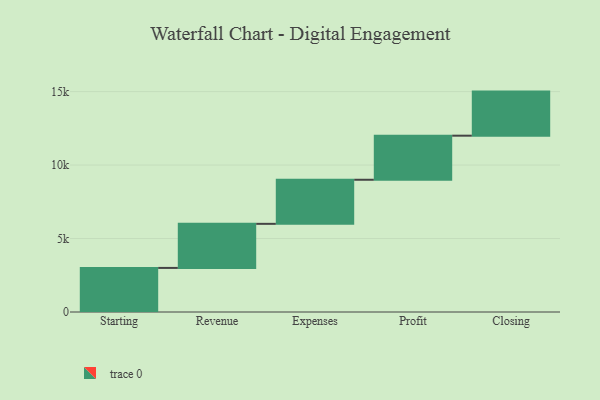
{"axis": {"x": "Step", "y": "Value"}, "legend": [""], "data": [{"x": "Starting", "y": 3000, "type": ""}, {"x": "Revenue", "y": 3000, "type": ""}, {"x": "Expenses", "y": 3000, "type": ""}, {"x": "Profit", "y": 3000, "type": ""}, {"x": "Closing", "y": 3000, "type": ""}]}